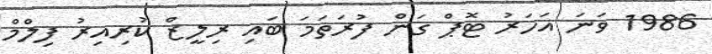
1986 ވަނަ އަހަރު ޓޮޕް ގަން ފުރަތަމަ ބައި ރިލީޒް ކުރިއިރު ފިލްމް